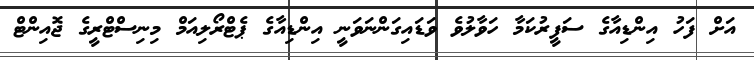
އަށް ފަހު އިންޑިއާގެ ސަފީރުކަމާ ހަވާލުވެ ވަޑައިގަންނަވަނީ އިންޑިއާގެ ޕެޓްރޯލިއަމް މިނިސްޓްރީގެ ޖޮއިންޓް